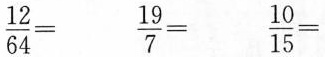
$$\frac{12}{64}=$$ $$\frac{19}{7}=$$ $$\frac{10}{15}=$$